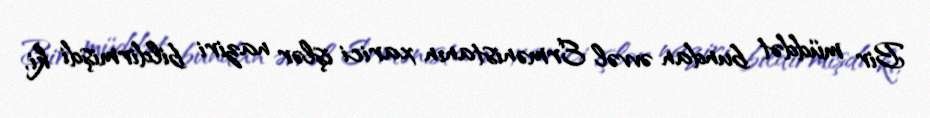
Bir müddət bundan əvvəl Ermənistanın xarici işlər naziri bildirmişdi ki,